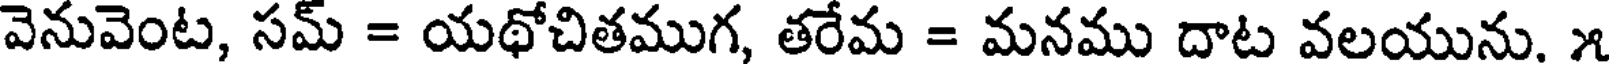
వెనువెంట, సమ్ = యథోచితముగ, తరేమ = మనము దాట వలయును, ౫